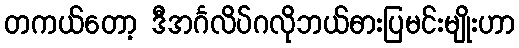
တကယ်တော့ ဒီအင်္ဂလိပ်ဂလိုဘယ်ဓားပြမင်းမျိုးဟာ